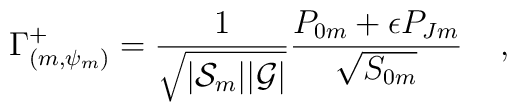
\Gamma^+_{(m,\psi_m)} = {1 \over\sqrt{|{\cal S}_m| |{\cal G}|}} {{P}_{0m} +\epsilon {P}_{Jm} \over \sqrt{{S}_{0m}}} \;\;\;\; ,